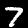
Digit: 7